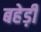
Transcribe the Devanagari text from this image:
बहेड़ी